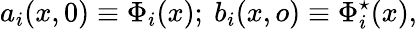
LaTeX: a_{i}(x,0)\equiv\Phi_{i}(x);\ b_{i}(x,o)\equiv\Phi_{i}^{\star}(x),